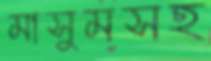
মাসুমসহ